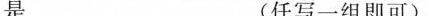
___(任写一组即可)。